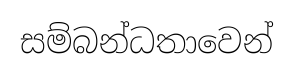
සම්බන්ධතාවෙන්